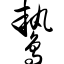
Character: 鸷